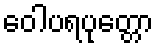
ဝေါပရပုတ္တော